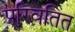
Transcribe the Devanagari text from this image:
परिवतित